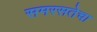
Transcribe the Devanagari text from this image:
समरसतेचा